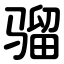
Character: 骝